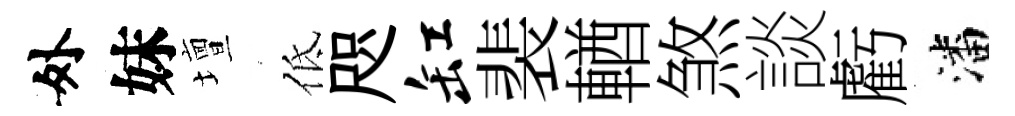
外妹壇低咫缸裴輶煞談虧潘